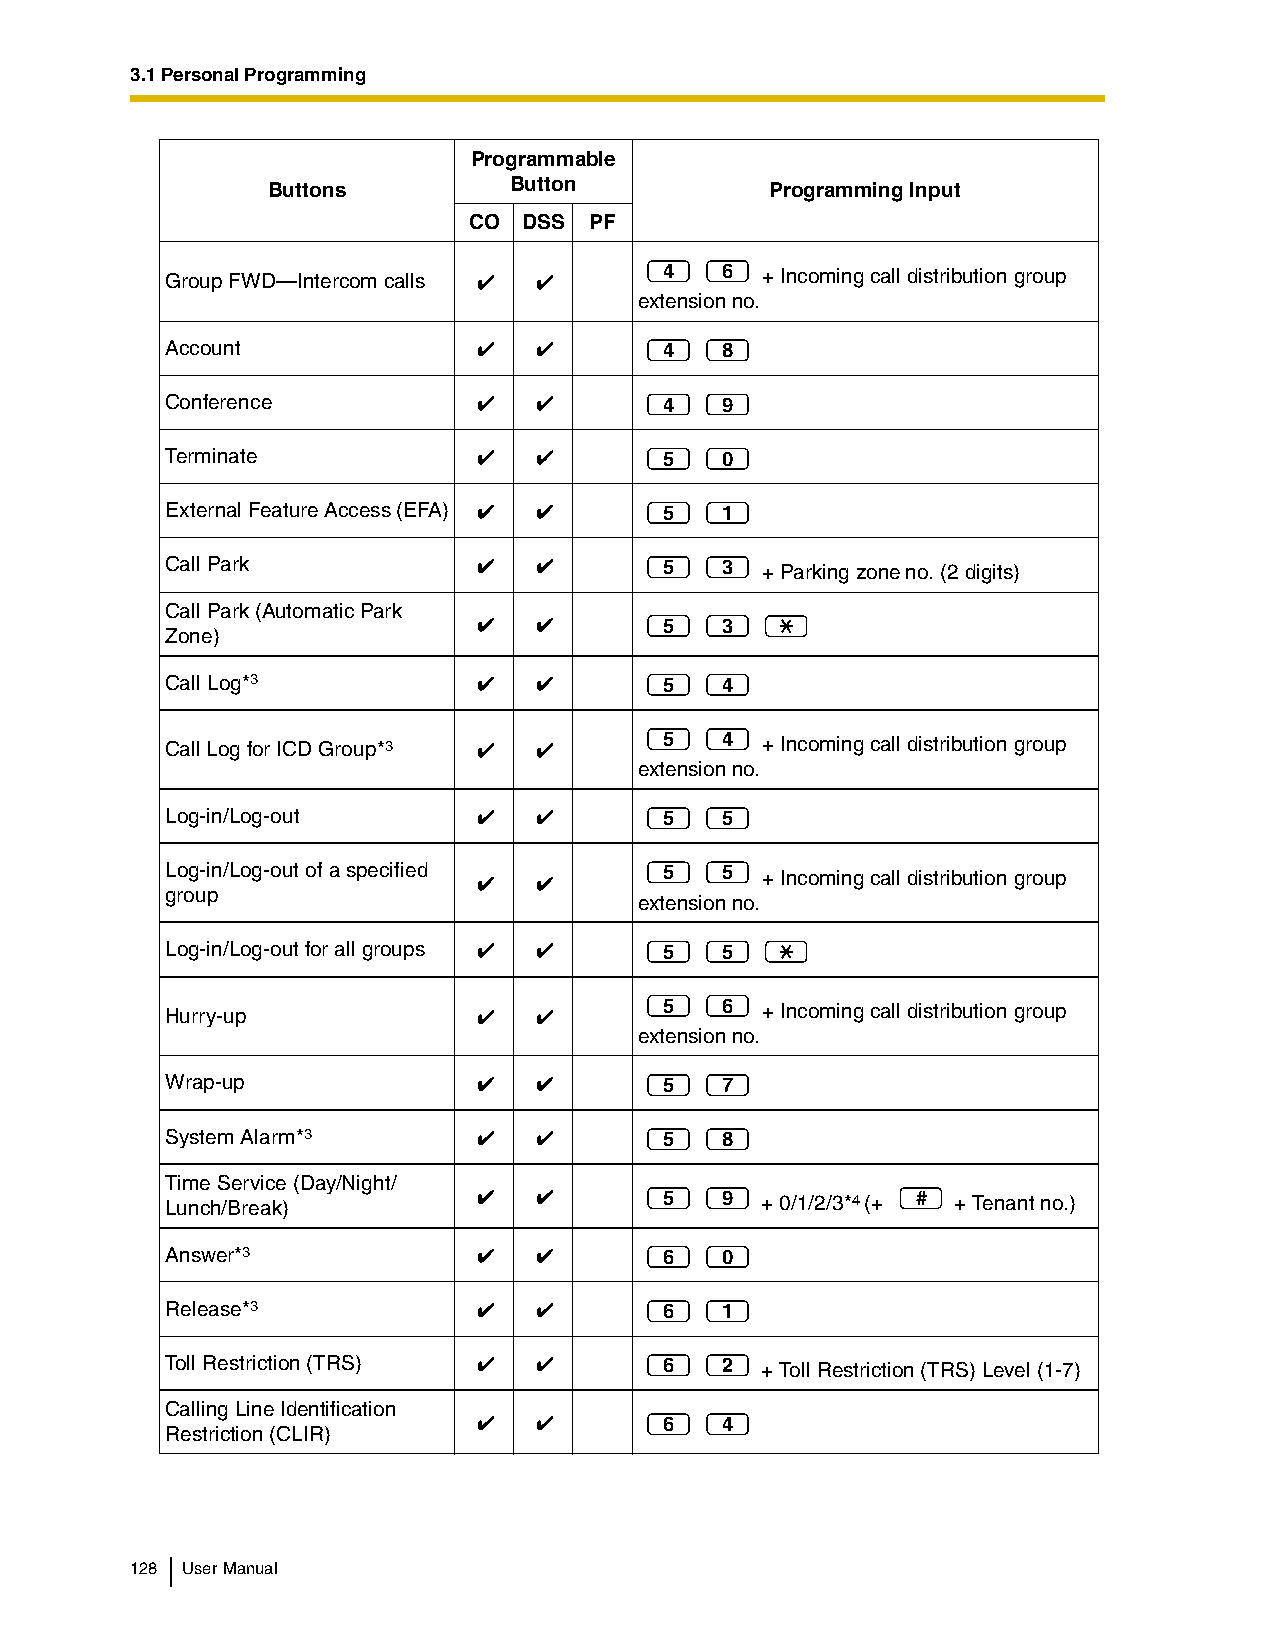
3.1 Personal Programming
 Programmable
 Button
 Buttons                          Programming Input
 CO  DSS PF
 Group FWD—Intercom calls         4   6 + Incoming call distribution group
 extension no.
 Account                          4   8
 Conference                       4   9
 Terminate                        5   0
 External Feature Access (EFA)    5   1
 Call Park                        5   3 + Parking zone no. (2 digits)
 Call Park (Automatic Park
 5   3
 Zone)
 Call Log*3                       5   4
 Call Log for ICD Group*3         5   4 + Incoming call distribution group
 extension no.
 Log-in/Log-out                   5   5
 Log-in/Log-out of a specified    5   5 + Incoming call distribution group
 group
 extension no.
 Log-in/Log-out for all groups    5   5
 Hurry-up                         5   6 + Incoming call distribution group
 extension no.
 Wrap-up                          5   7
 System Alarm*3                   5   8
 Time Service (Day/Night/
 Lunch/Break)                     5   9 + 0/1/2/3*4 (+ # + Tenant no.)
 Answer*3                         6   0
 Release*3                        6   1
 Toll Restriction (TRS)           6   2 + Toll Restriction (TRS) Level (1-7)
 Calling Line Identification
 6   4
 Restriction (CLIR)
 128 User Manual